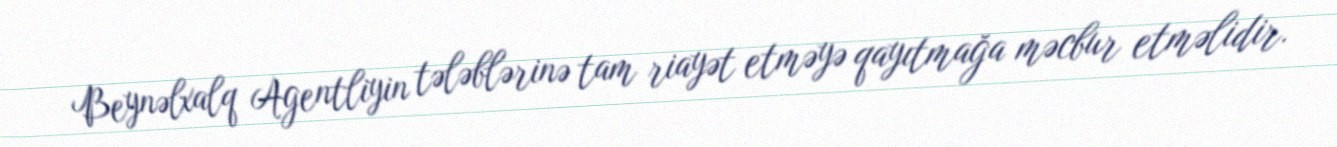
Beynəlxalq Agentliyin tələblərinə tam riayət etməyə qayıtmağa məcbur etməlidir.